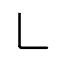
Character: ㇄